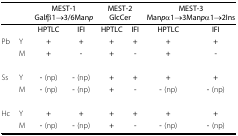
|  |  | <COLSPAN=2> MEST-1Galfβ1→3/6Manp | <COLSPAN=2> MEST-2GlcCer | <COLSPAN=2> MEST-3Manpα1→3Manpα1→2Ins |
 |  |  | HPTLC | IFI | HPTLC | IFI | HPTLC | IFI |
 | --- | --- | --- | --- | --- | --- | --- | --- |
 | Pb | Y | + | + | + | + | + | + |
 |  | M | + | - | + | - | + | - |
 | Ss | Y | - (np) | - (np) | + | + | + | + |
 |  | M | - (np) | - (np) | + | - | - (np) | - (np) |
 | Hc | Y | + | + | + | + | + | + |
 |  | M | - (np) | - (np) | + | - | - (np) | - (np) |